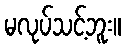
မလုပ်သင့်ဘူး။